system: You are a helpful assistant.
user:
Analyze the provided spectrum to determine if it is a **Carbon Star (C-type)**.

- **Key Visual Indicators of Carbon Star:**
    - **(Primary):** Strong molecular absorption from **C₂ (diatomic carbon) "Swan Bands."** This is the **defining feature** of a carbon star.
        - **(Key Bandheads):** Sharp absorption edges are visible at approximately $5635$ Å, $5165$ Å (the strongest band), and $4737$ Å.
        - **(Line Profile):** Creates a distinct **"saw-tooth"** pattern. The key morphology is a sharp, steep bandhead on the **red (long-wavelength) side**, which then gradually tapers off (i.e., flux recovers) towards the **blue (short-wavelength) side**. *(This is the direct opposite of the TiO bands seen in M-type stars)*.

    - **(Secondary):** Intense **CN (cyanogen)** molecular absorption bands.
        - **(Key Bandheads):** Located in the blue and violet regions of the spectrum (e.g., near $4215$ Å and $3883$ Å).
        - **(Morphology):** These bands are extremely broad and act as a "blanket," absorbing the vast majority of blue and violet light. This creates a characteristic **"cliff"** or **"steep drop-off"** in the spectrum's flux at short wavelengths.

    - **(Key Confirmation):** Strong **CH absorption band (G-band)**.
        - **(Key Bandhead):** Located around $4300$ Å. The contribution from CH molecules to this band is exceptionally strong.

    - **(Overall Spectrum):**
        - The continuum is severely "chopped up" by these deep molecular bands, especially C₂, rather than appearing as a smooth curve.
        - Due to the heavy CN and C₂ absorption in the blue-green, the vast majority of the star's flux is concentrated in the red part of the spectrum, giving the star its characteristic deep red color.

Think first, call **spectral_visualization_tool** if needed to examine features in detail, then provide your final answer. Your response must adhere to the following strict rules:
1.  **Overall Structure:** Your response must follow the format `<think>...</think> <tool_call>...</tool_call> (if a tool is used) <answer>...</answer>`.
2.  **Tool Usage Constraint:** You may only make **one** tool call per turn.
3.  **Final Answer Format:** In the `<answer>` tag, your conclusion must be inside a `\boxed{}` command (e.g., `\boxed{YES}`), followed by your justification.

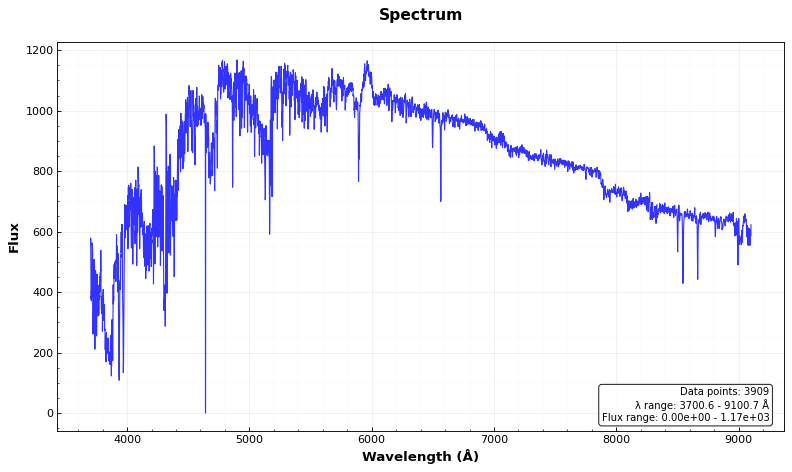
Answer: YES